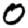
Digit: 0